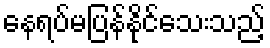
နေရပ်မပြန်နိုင်သေးသည့်